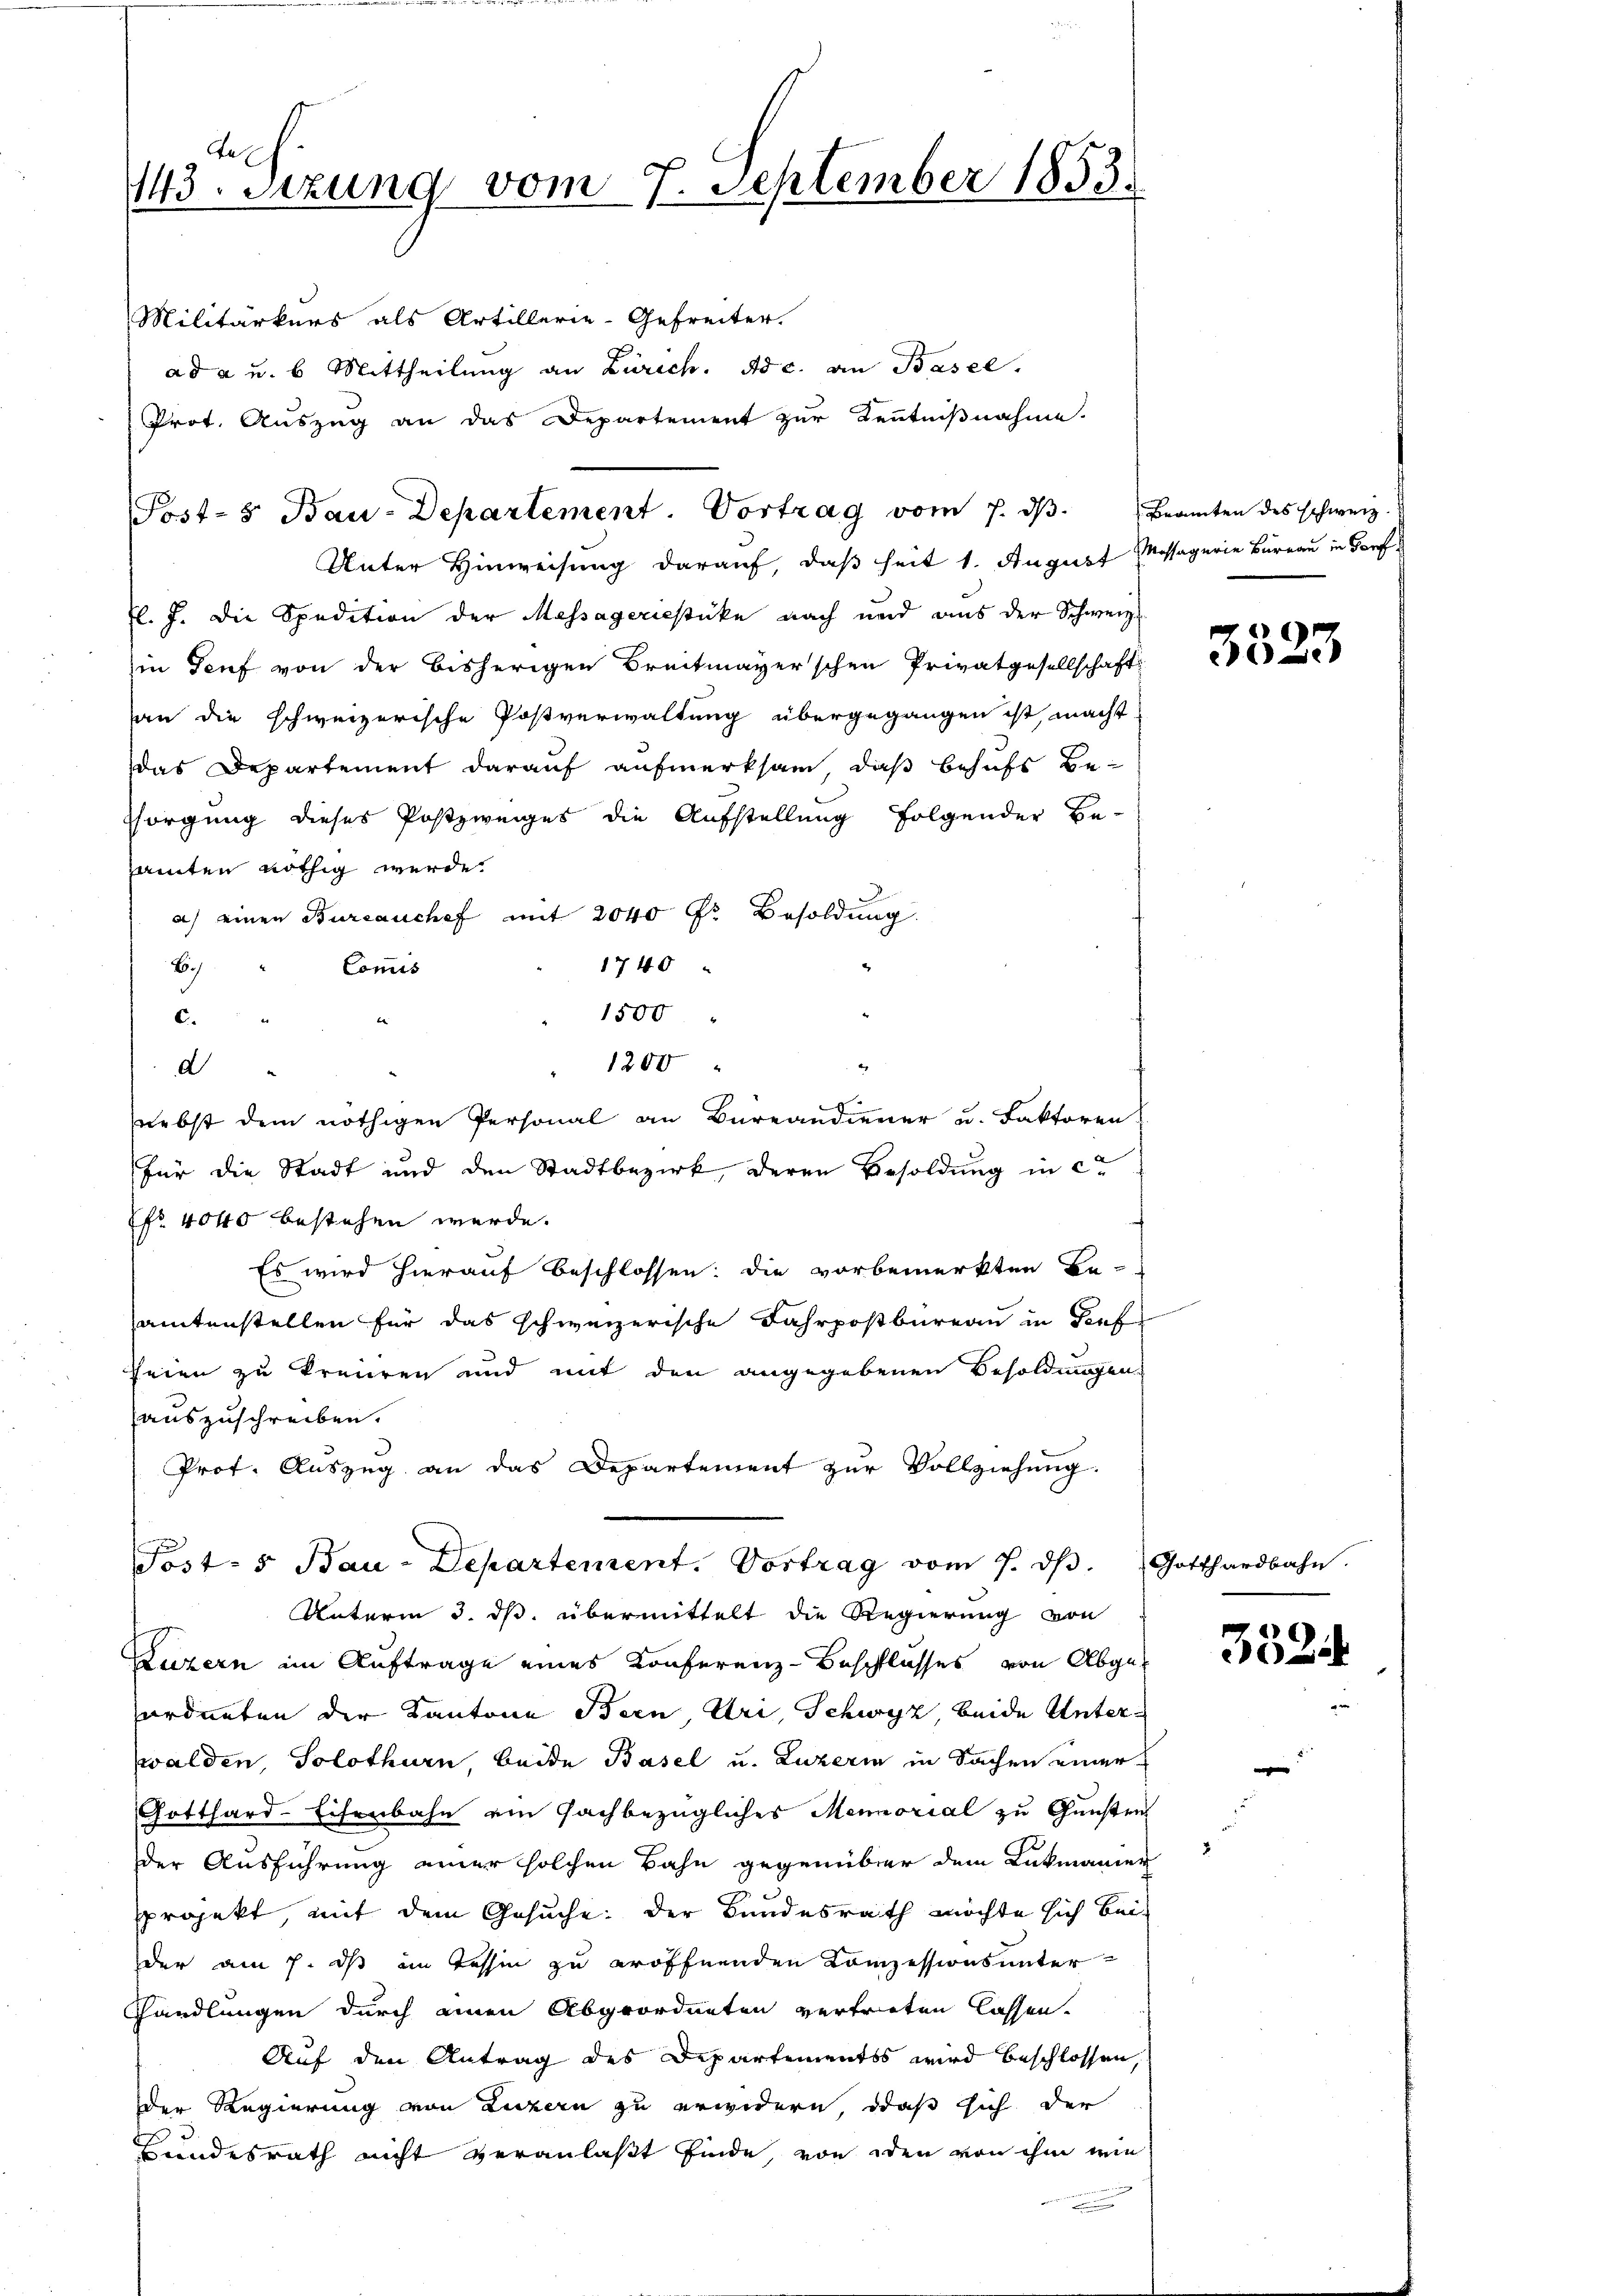
Ja
143. Sizung vom 7. September 1853.

Militärkers als Artillerie-Gefreiter.
ad a u. b Mittheilŭng an Zürich. Ad c. an Basel.
Prot. Auszug an das Departement zur Kenntnißnahme.
Unter Hinweisung darauf, daß heit 1. August Massagerie Bureau in Dorfl. J. die Spedition der Messageriestücke nach und aus der Schweiz.
in Senf von der bisherigen Breitmayer'schen Privatgesellschaft
an die schweizerische Postverwaltung übergegangen ist, macht
das Departement darauf aufmerksam, daß behufs Besorgung dieses Postzweiges die Aufstellung folgender Be-
samten nöthig werde.
a) einen Bureauchef mit 2040 Fr. Besoldung.
Bch
1740
Commis
1500
c.
1200
d
(nebst dem nöthigen Personal an Büreandiener u. Faktoren
für die Stadt und den Stadtbezirk, deren Besoldung in ca
fr. 4040 bestehen werde.
Es wird hierauf beschlossen: die vorbemerkten Be-
amtenstellen für das schweizerische Fahrpostbureau in Gef
seien zu kreiren und mit den angegebenen Besoldungen
auszuschreiben.
Prof. Auszug an das Departement zur Vollziehung.
Post- 5. Bau-Departement. Vortrag vom 7. dβ. Gotthardbahn.
Unterm 3. ds. übermittelt die Regierung von
Luzern im Auftrage eines Konferenz-Beschlusses von Abgeordneten der Kantone Bern, Uri, Schwyz, beide Unterzwalden, Solothurn beide Basel u. Luzern in Sachen einer
Gotthard-Eisenbahn ein Fachbezügliches Memorial zu Gunsten
der Ausführung einer solchen Bahn gegenüber dem Lukmanier
sprojekt, mit dem Gesuche: der Bundesrath möchte sich bei
der am 7. ds im Tessin zu eröffnenden Konzessionsunter¬
Handlungen durch einen Abgeordneten vertreten lassen.
Auf den Antrag des Departementss wird beschlossen,
Der Regierung von Luzern zu erwidern, daß sich der
Handesrath nicht veranlaßt finde, von den von ihm wie

Post- & Bau-Departement. Vortrag vom 7. dβ. Beamten des schwerz.

3523

3524